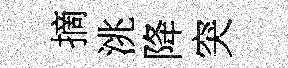
摘洮降突